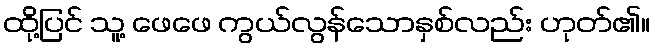
ထို့ပြင် သူ့ ဖေဖေ ကွယ်လွန်သောနှစ်လည်း ဟုတ်၏။